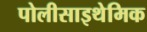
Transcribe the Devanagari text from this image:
पोलीसाइथेमिक